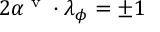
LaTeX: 2 \alpha ^ { \textrm { v } } \cdot \lambda _ { \phi } = \pm 1